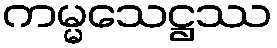
ကမ္မသေဋ္ဌဿ